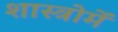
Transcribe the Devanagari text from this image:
शास्त्रोमें